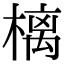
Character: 樆